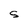
Character: s